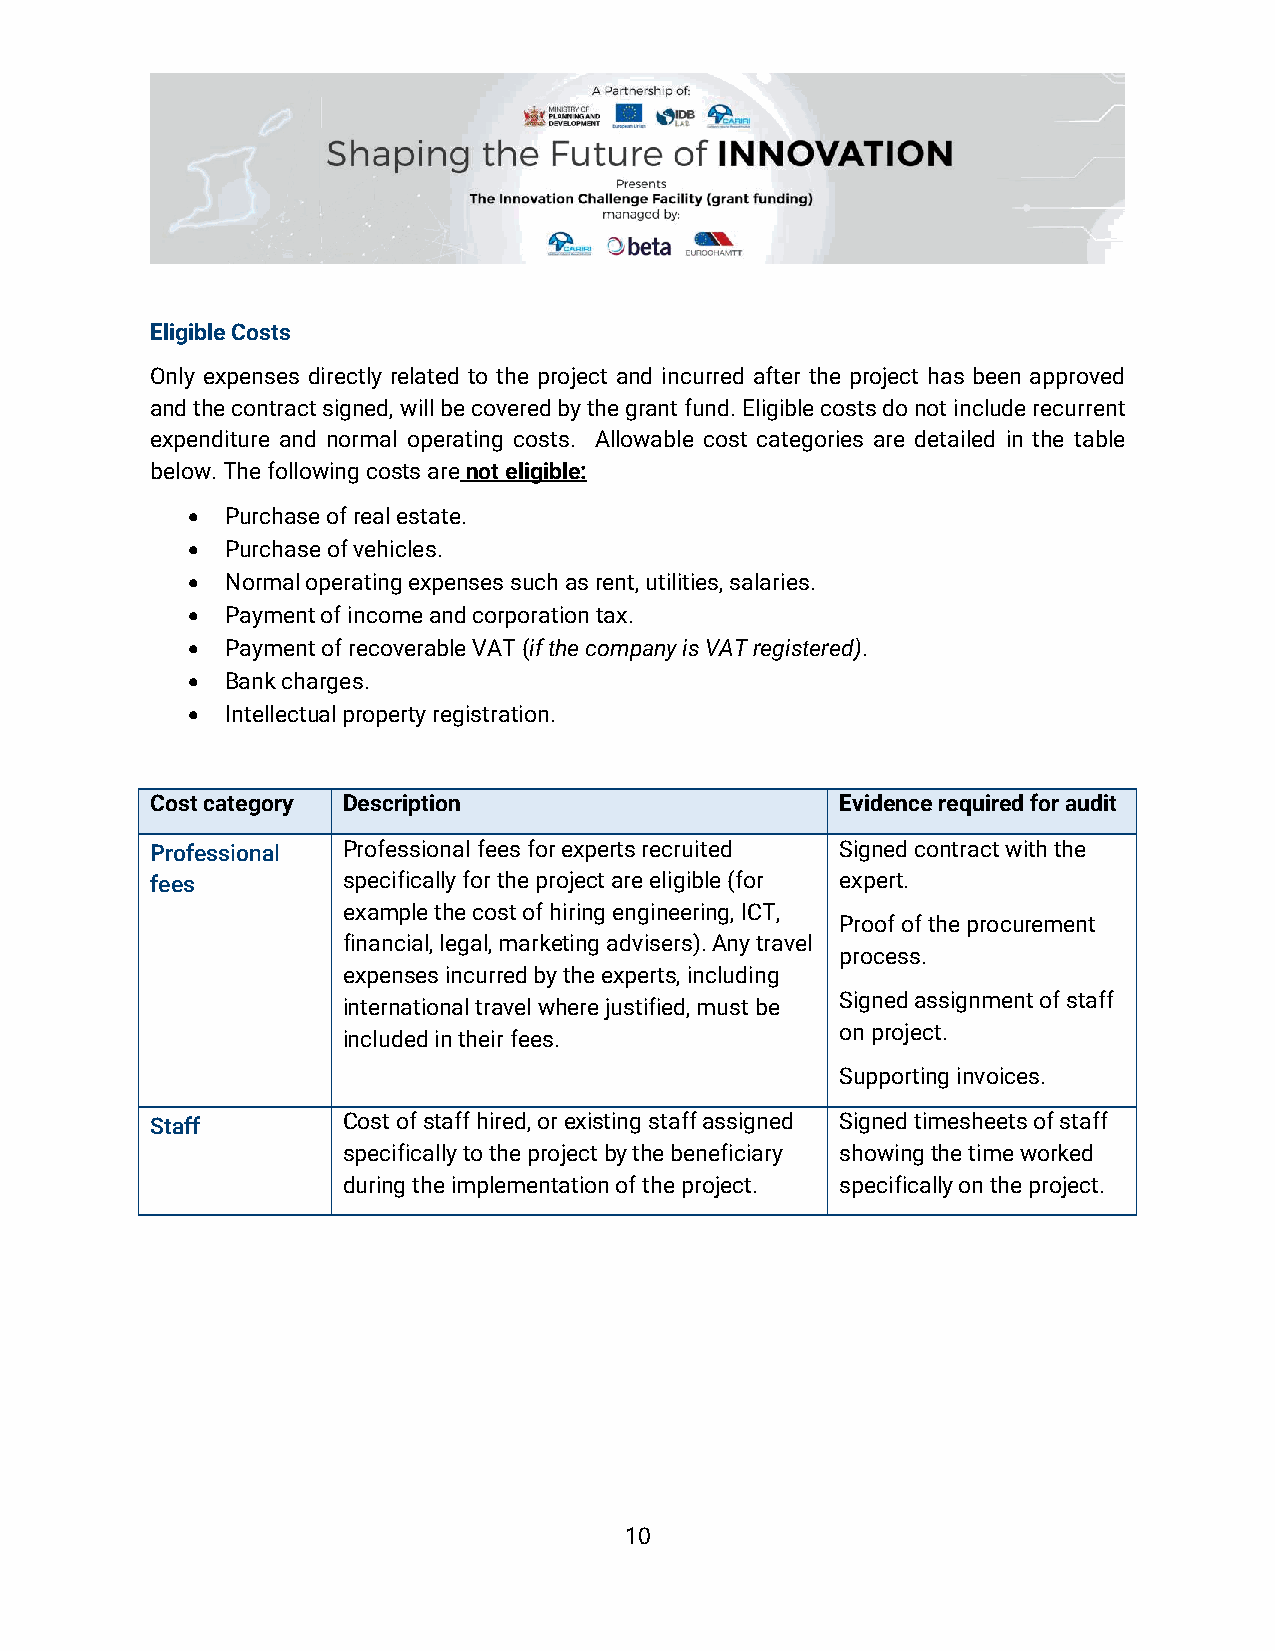
Eligible Costs
 Only expenses directly related to the project and incurred after the project has been approved
 and the contract signed, will be covered by the grant fund. Eligible costs do not include recurrent
 expenditure and normal operating costs. Allowable cost categories are detailed in the table
 below. The following costs are not eligible:
 •  Purchase of real estate.
 •  Purchase of vehicles.
 •  Normal operating expenses such as rent, utilities, salaries.
 •  Payment of income and corporation tax.
 •  Payment of recoverable VAT (if the company is VAT registered).
 •  Bank charges.
 •  Intellectual property registration.
 Cost category Description                     Evidence required for audit
 Professional Professional fees for experts recruited Signed contract with the
 fees         specifically for the project are eligible (for expert.
 example the cost of hiring engineering, ICT,
 Proof of the procurement
 financial, legal, marketing advisers). Any travel
 process.
 expenses incurred by the experts, including
 Signed assignment of staff
 international travel where justified, must be
 on project.
 included in their fees.
 Supporting invoices.
 Staff        Cost of staff hired, or existing staff assigned Signed timesheets of staff
 specifically to the project by the beneficiary showing the time worked
 during the implementation of the project. specifically on the project.
 10